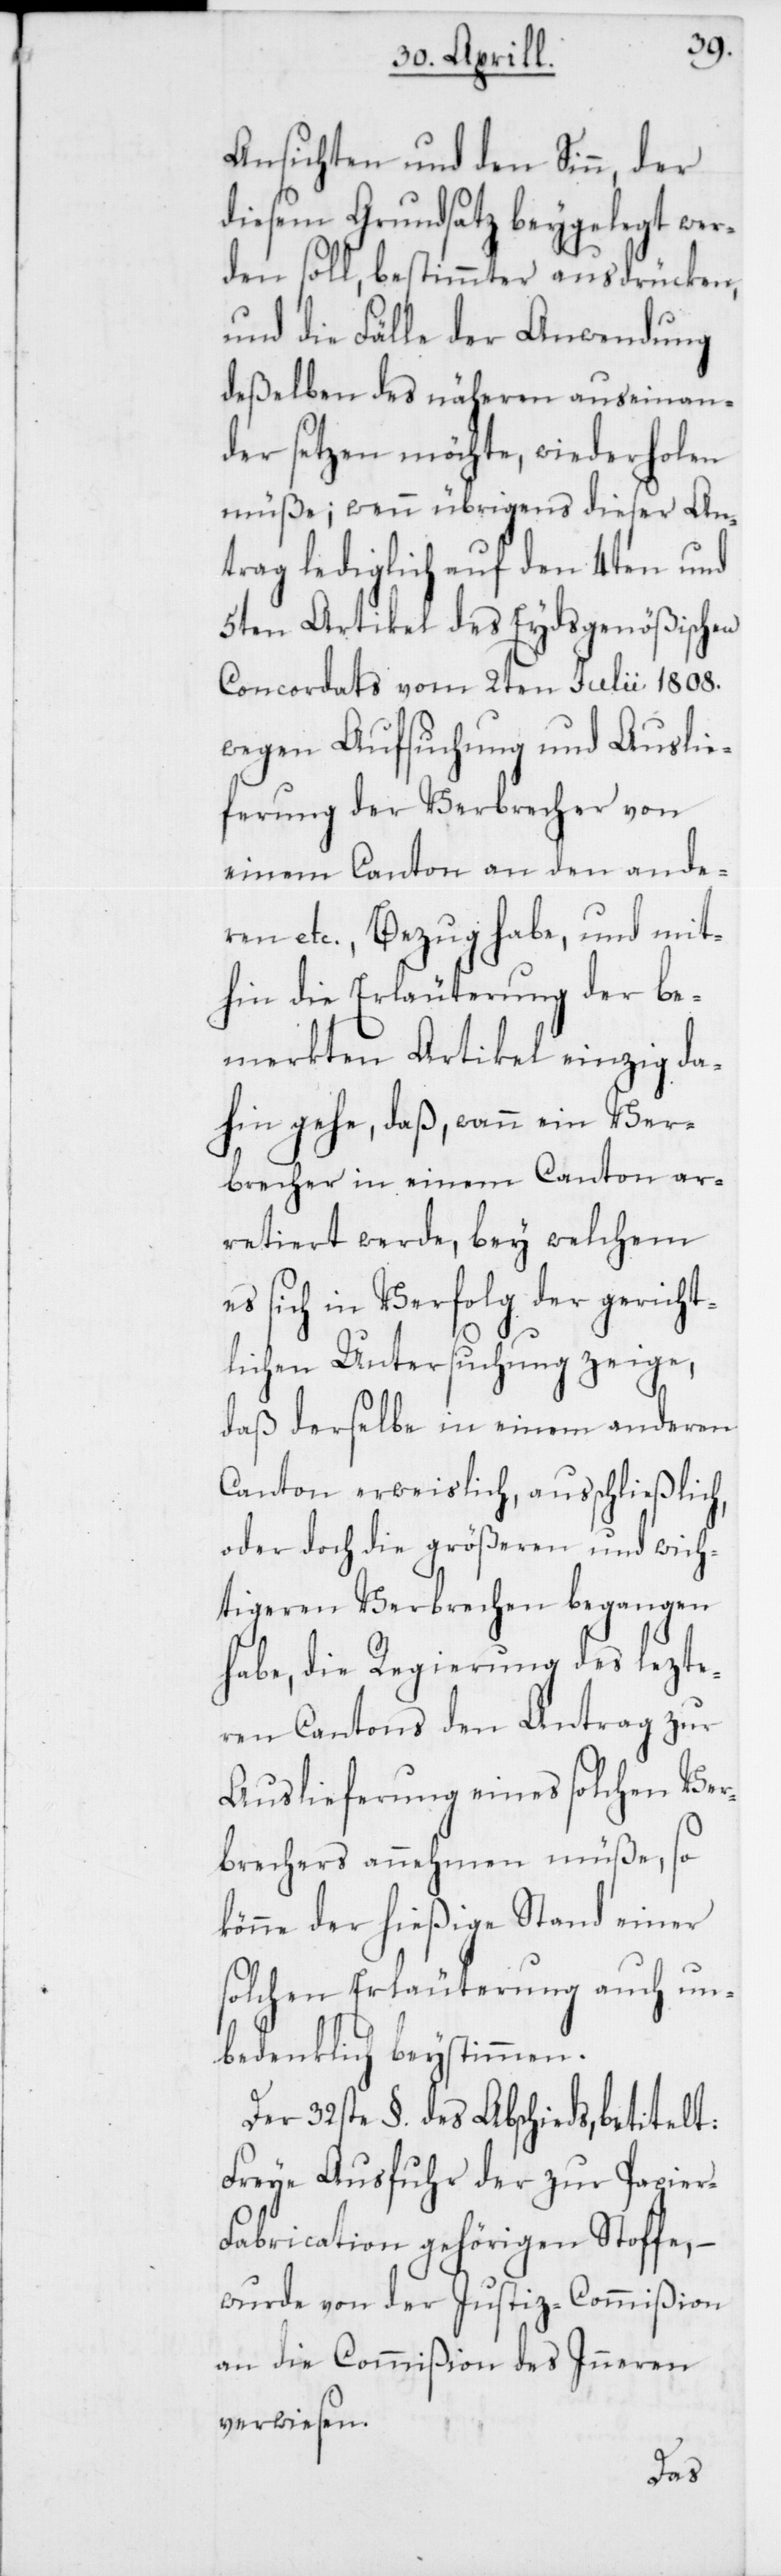
Ansichten und den Sin¬
diesem Grundsatz beygelegt wer¬
den soll, bestimmter ausdrücken,
und die Fälle der Anwendung
deßelben des näheren auseinan¬
der setzen möchte, wiederholen
müße; wenn übrigens dieser An¬
trag lediglich auf den 4ten und
5ten Artikel des Eydsgenößischen
Concordats vom 2ten Julii 1808.
wegen Aufsuchung und Auslie¬
ferung der Verbrecher von
einem Canton an den ande¬
ren etc., Bezug habe, und mit¬
hin die Erläuterung der be¬
merkten Artikel einzig da¬
hin gehe, daß, wann ein Ver¬
brecher in einem Canton ar¬
retiert werde, bey welchem
es sich in Verfolg der gericht¬
n,
lichen Untersuchung zeige,
daß derselbe in einem anderen
Canton erweislich, ausschließlich,
oder doch die größeren und wich¬
tigeren Verbrechen begangen
habe, die Regierung des lezte¬
ren Cantons den Antrag zur
Auslieferung eines solchen Ver¬
brechers annehmen müße, so
könne der hießige Stand einer
solchen Erläuterung auch un¬
bedenklich beystimmen.
Der 32ste §. des Abschieds, betitelt:
Freye Ausfuhr der zur Papie¬
r-Fabrication gehörigen Stoffe,
wurde von der Justiz-Commißion
an die Commißion des Inneren
verwiesen.
der